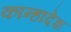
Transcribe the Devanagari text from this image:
कान्हादेश